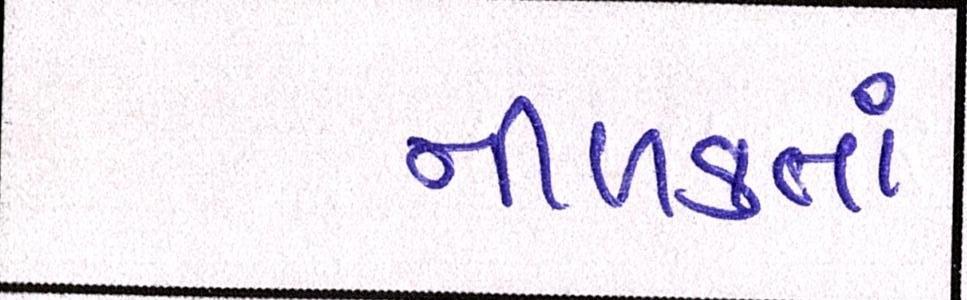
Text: નીળક્તાં